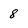
Character: 8